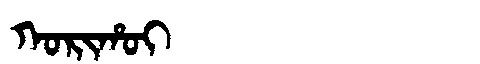
Manchu: ᡴᠣᡵᡳᡥᠣᡳ
Romanization: KORIHOI